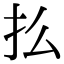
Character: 𢩻